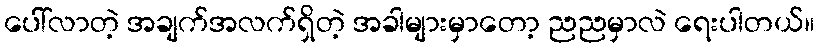
ပေါ်လာတဲ့ အချက်အလက်ရှိတဲ့ အခါများမှာတော့ ညညမှာလဲ ရေးပါတယ်။